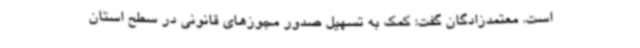
است. معتمدزادگان گفت: کمک به تسهیل صدور مجوزهای قانونی در سطح استان